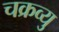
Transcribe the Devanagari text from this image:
चक्रव्यु